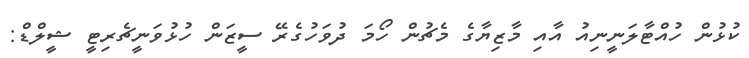
ކުޅުން ހުއްޓާލަނީނިއު އާއި މާޒިޔާގެ މެޗުން ހޯމަ ދުވަހުގެރޭ ސީޒަން ހުޅުވަނީޗެރިޓީ ޝީލްޑް: